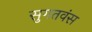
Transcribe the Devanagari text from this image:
सुगतवंस